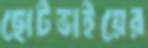
ছোটভাইয়ের